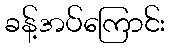
ခန့်အပ်ကြောင်း